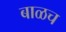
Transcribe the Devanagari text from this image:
बाळच